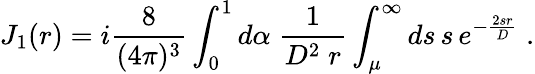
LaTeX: J_{1}(r)=i\frac{8}{(4\pi)^{3}}\int_{0}^{1}d\alpha\; \frac{1}{D^{2}\; r}\int_{\mu}^{\infty}ds\, s\, e^{-\frac{2sr}{D}}\; .